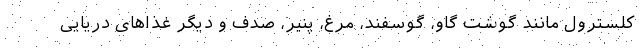
کلسترول مانند گوشت گاو، گوسفند، مرغ، پنیر، صدف و دیگر غذاهای دریایی